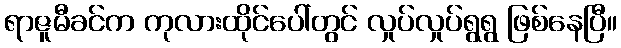
ရာဇူမီခင်က ကုလားထိုင်ပေါ်တွင် လှုပ်လှုပ်ရွရွ ဖြစ်နေပြီ။